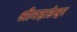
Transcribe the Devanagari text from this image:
श्रीमहाडेश्वर